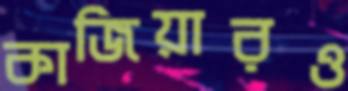
কাজিয়ারও